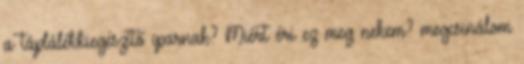
a táplálékkiegészítő iparnak? Miért éri ez meg nekem? megcsinálom